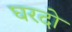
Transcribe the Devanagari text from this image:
घरदो